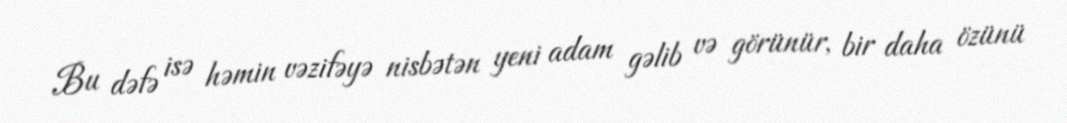
Bu dəfə isə həmin vəzifəyə nisbətən yeni adam gəlib və görünür, bir daha özünü